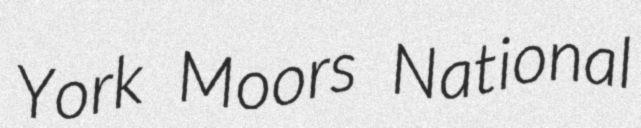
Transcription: York Moors National